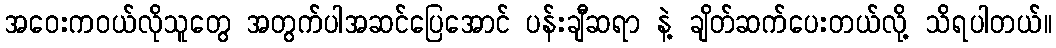
အဝေးကဝယ်လိုသူတွေ အတွက်ပါအဆင်ပြေအောင် ပန်းချီဆရာ နဲ့ ချိတ်ဆက်ပေးတယ်လို့ သိရပါတယ်။